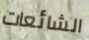
الشائعات